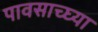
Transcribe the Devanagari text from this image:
पावसाच्घ्या